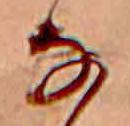
な